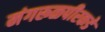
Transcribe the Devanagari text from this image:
मंगरूळपीरकडे